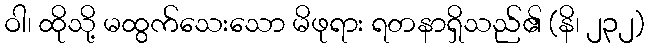
ဝါ၊ ထိုသို့ မထွက်သေးသော မိဖုရား ရတနာရှိသည်၏ (နိ၊ ၂၃၂)